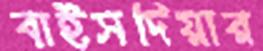
বাইসদিয়ার